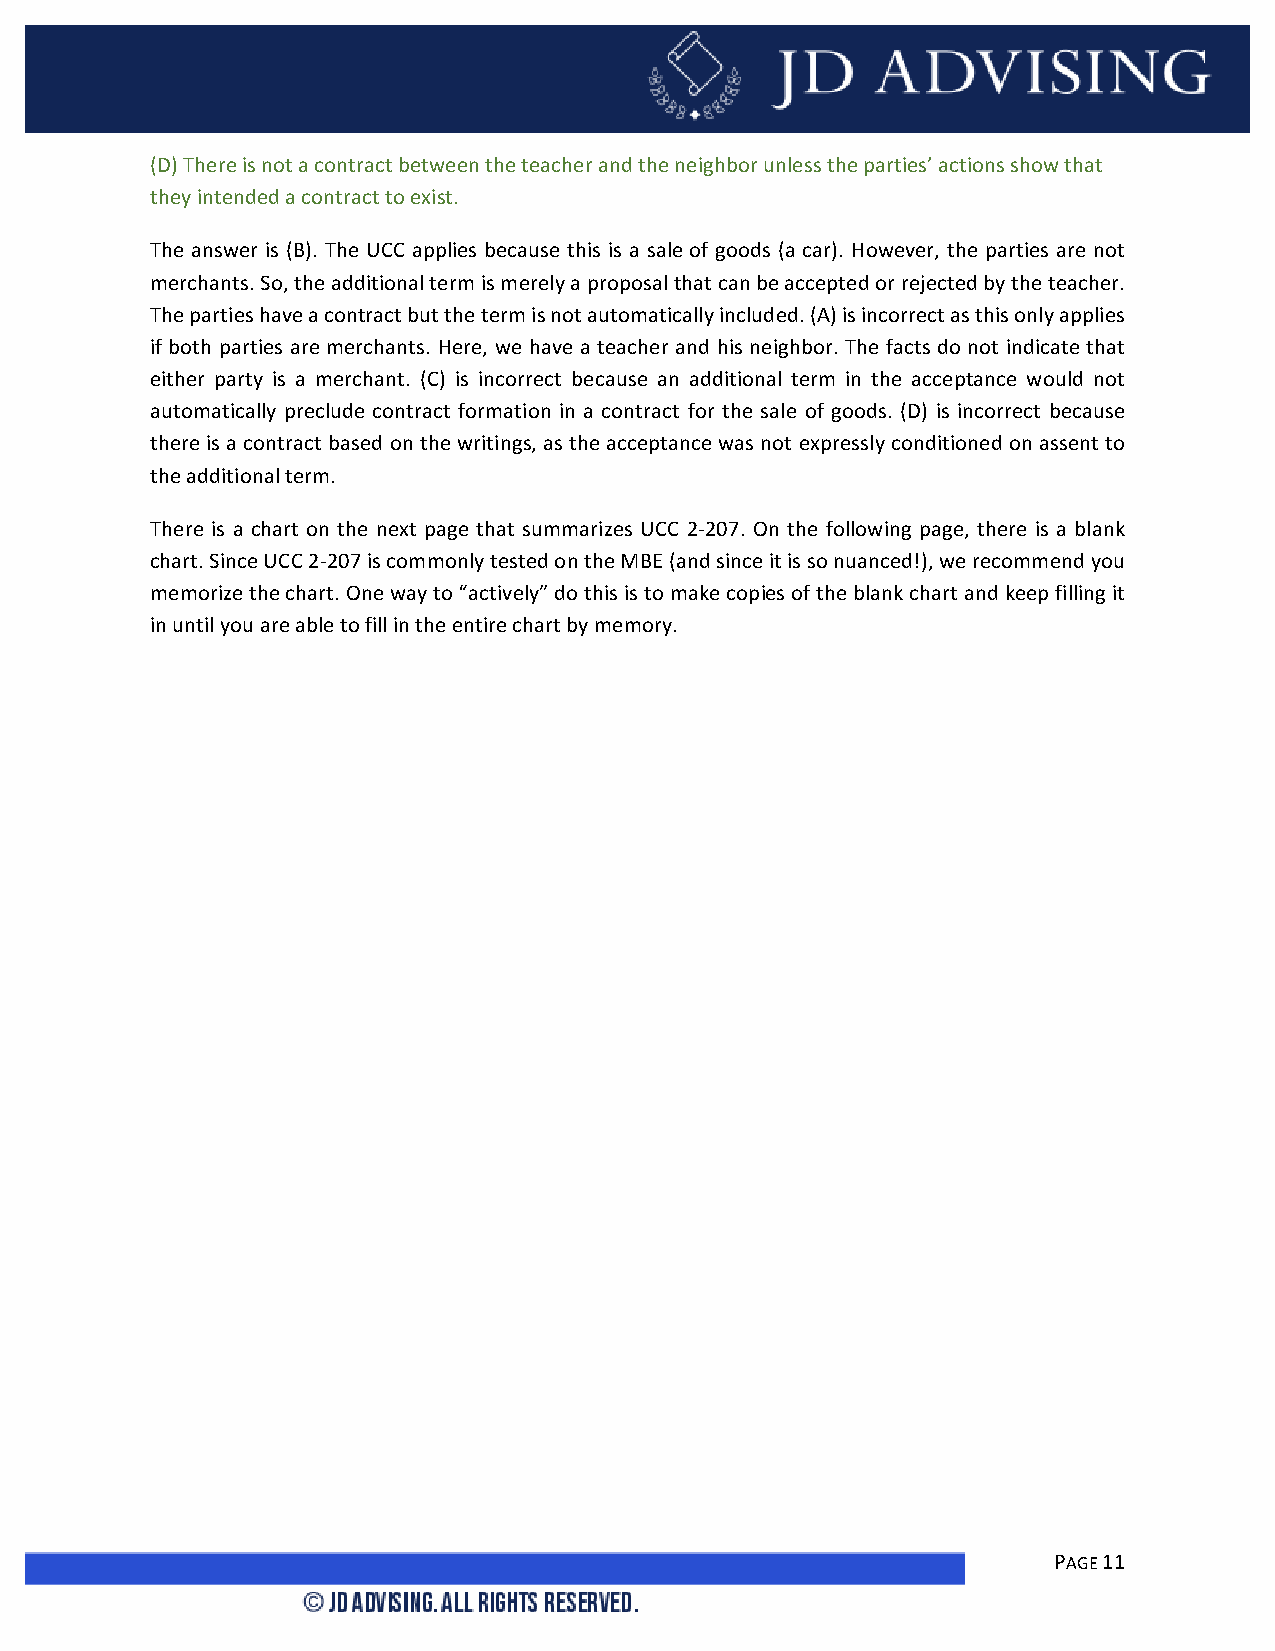
(D) There is not a contract between the teacher and the neighbor unless the parties’ actions show that
 they intended a contract to exist.
 The answer is (B). The UCC applies because this is a sale of goods (a car). However, the parties are not
 merchants. So, the additional term is merely a proposal that can be accepted or rejected by the teacher.
 The parties have a contract but the term is not automatically included. (A) is incorrect as this only applies
 if both parties are merchants. Here, we have a teacher and his neighbor. The facts do not indicate that
 either party is a merchant. (C) is incorrect because an additional term in the acceptance would not
 automatically preclude contract formation in a contract for the sale of goods. (D) is incorrect because
 there is a contract based on the writings, as the acceptance was not expressly conditioned on assent to
 the additional term.
 There is a chart on the next page that summarizes UCC 2-­‐207. On the following page, there is a blank
 chart. Since UCC 2-­‐207 is commonly tested on the MBE (and since it is so nuanced!), we recommend you
 memorize the chart. One way to “actively” do this is to make copies of the blank chart and keep filling it
 in until you are able to fill in the entire chart by memory.
 PAGE 11